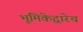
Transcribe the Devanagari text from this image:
भूमिकेद्वारेच